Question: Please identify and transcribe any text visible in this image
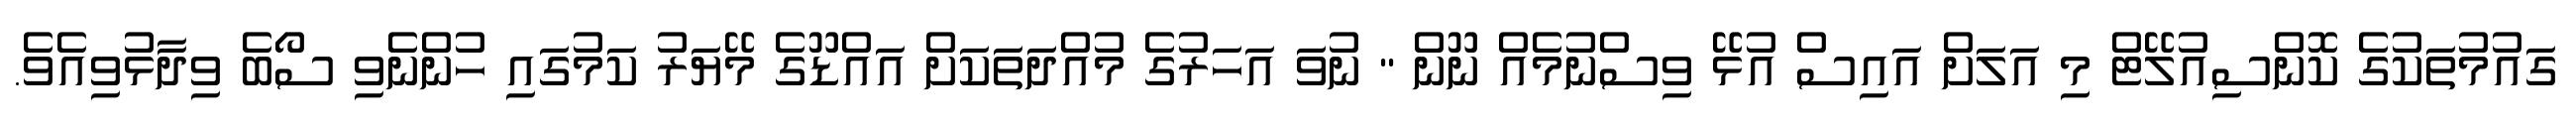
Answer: ގައުމުތަކުގެ ކޮންސިއުލޭޓް މި އަލަށް އައިސް އުޅޭ ވިސްނުމެއް ނޫން " ނުވަ އަހަރުގެ މުއްދަތަކަށް އައްޑޫގެ މޭޔަރު ކަމުގައި ހުންނެވި ސޯބެ ވިދާޅުވިއެވެ.